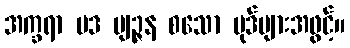
အက္ခရာ ပဒ ဗျဉ္ဇန စသော ပုဒ်များအဖွင့်။